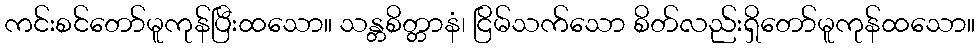
ကင်းစင်တော်မူကုန်ပြီးထသော။ သန္တစိတ္တာနံ၊ ငြိမ်သက်သော စိတ်လည်းရှိတော်မူကုန်ထသော။